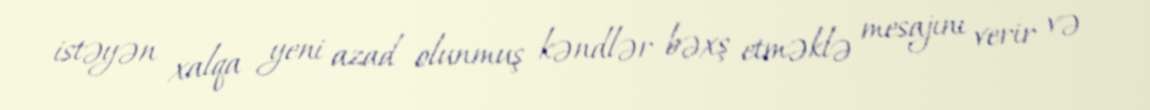
istəyən xalqa yeni azad olunmuş kəndlər bəxş etməklə mesajını verir və